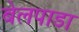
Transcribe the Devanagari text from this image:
बेलपाडा